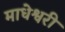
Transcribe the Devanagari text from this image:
माधेश्वरी